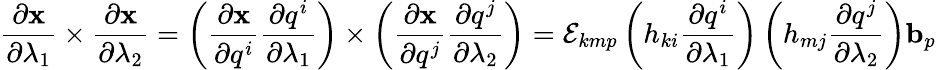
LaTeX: {\frac{\partial\mathbf{x}}{\partial\lambda_{1}}}\times{\frac{\partial\mathbf{x}}{\partial\lambda_{2}}}=\left({\frac{\partial\mathbf{x}}{\partial q^{i}}}{\frac{\partial q^{i}}{\partial\lambda_{1}}}\right)\times\left({\frac{\partial\mathbf{x}}{\partial q^{j}}}{\frac{\partial q^{j}}{\partial\lambda_{2}}}\right)={\mathcal{E}}_{kmp}\left(h_{ki}{\frac{\partial q^{i}}{\partial\lambda_{1}}}\right)\left(h_{mj}{\frac{\partial q^{j}}{\partial\lambda_{2}}}\right)\mathbf{b}_{p}